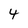
Character: 4